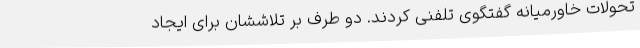
تحولات خاورمیانه گفتگوی تلفنی کردند. دو طرف بر تلاششان برای ایجاد